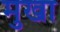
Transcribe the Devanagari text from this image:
मुखा